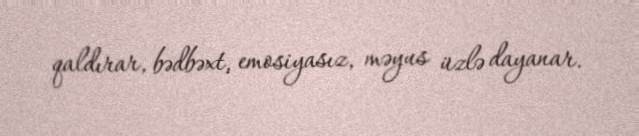
qaldırar, bədbəxt, emosiyasız, məyus üzlə dayanar.